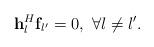
LaTeX: \begin{align*} {\bf{h}}_l^H{{\bf{f}}_{l'}} = 0,\ \forall l \ne l'. \end{align*}